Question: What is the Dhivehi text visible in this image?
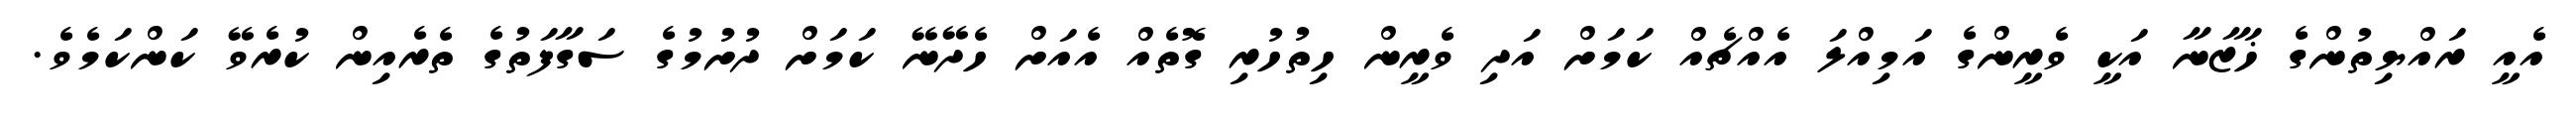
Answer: އެއީ ރައްޔިތުންގެ ޚަޒާނާ އަކީ ވެރީންގެ އަމިއްލަ އެއްޗެއް ކަމަށް އަދި ވެރީން ހިތުހުރި ގޮތެއް އެއަށް ހެދޭނޭ ކަމަށް ދުށުމުގެ ސަގާފަތުގެ ތެރެއިން ކުރެވޭ ކަންކަމެވެ.